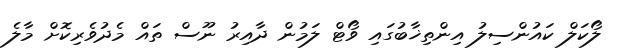
ލޯކަލް ކައުންސިލު އިންތިޚާބުގައި ވޯޓް ލަމުން ދާއިރު ނޫސް ތައް މެދުވެރިކޮށް މާލެ